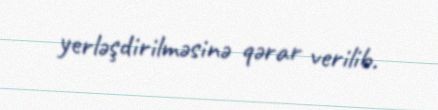
yerləşdirilməsinə qərar verilib.